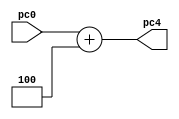

module adder#
(
    parameter WIDTH = 32
)
(
    input [WIDTH-1:0] pc0,
    output [WIDTH-1:0] pc4
);

    assign pc4 = pc0 + 32'h4;
endmodule